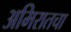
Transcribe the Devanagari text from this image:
अमिरातचा